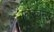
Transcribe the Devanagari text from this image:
फॉरचुन्स